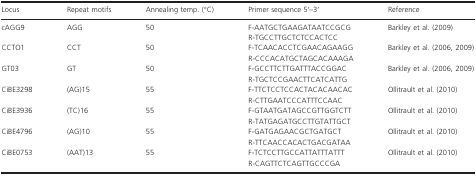
<table><thead><tr><td><b>Locus</b></td><td><b>Repeat motifs</b></td><td><b>Annealing temp. (°C)</b></td><td><b>Primer sequence 5ʹ–3ʹ</b></td><td><b>Reference</b></td></tr></thead><tbody><tr><td rowspan="2">cAGG9</td><td rowspan="2">AGG</td><td rowspan="2">50</td><td>F‐AATGCTGAAGATAATCCGCG</td><td rowspan="2">Barkley et al. (2009)</td></tr><tr><td>R‐TGCCTTGCTCTCCACTCC</td></tr><tr><td rowspan="2">CCTO1</td><td rowspan="2">CCT</td><td rowspan="2">50</td><td>F‐TCAACACCTCGAACAGAAGG</td><td rowspan="2">Barkley et al. (2006, 2009)</td></tr><tr><td>R‐CCCACATGCTAGCACAAAGA</td></tr><tr><td rowspan="2">GT03</td><td rowspan="2">GT</td><td rowspan="2">50</td><td>F‐GCCTTCTTGATTTACCGGAC</td><td rowspan="2">Barkley et al. (2006, 2009)</td></tr><tr><td>R‐TGCTCCGAACTTCATCATTG</td></tr><tr><td rowspan="2">CiBE3298</td><td rowspan="2">(AG)15</td><td rowspan="2">55</td><td>F‐TTCTCCTCCACTACACAACAC</td><td rowspan="2">Ollitrault et al. (2010)</td></tr><tr><td>R‐CTTGAATCCCATTTCCAAC</td></tr><tr><td rowspan="2">CiBE3936</td><td rowspan="2">(TC)16</td><td rowspan="2">55</td><td>F‐GTAATGATAGCCGTTGGTCTT</td><td rowspan="2">Ollitrault et al. (2010)</td></tr><tr><td>R‐TATGAGATGCCTTGTATTGCT</td></tr><tr><td rowspan="2">CiBE4796</td><td rowspan="2">(AG)10</td><td rowspan="2">55</td><td>F‐GATGAGAACGCTGATGCT</td><td rowspan="2">Ollitrault et al. (2010)</td></tr><tr><td>R‐TTCAACCACACTGACGATAA</td></tr><tr><td rowspan="2">CiBE0753</td><td rowspan="2">(AAT)13</td><td rowspan="2">55</td><td>F‐TCTCCTTGCCATTATTTATTT</td><td rowspan="2">Ollitrault et al. (2010)</td></tr><tr><td>R‐CAGTTCTCAGTTGCCCGA</td></tr></tbody></table>